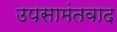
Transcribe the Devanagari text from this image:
उपसामंतवाद